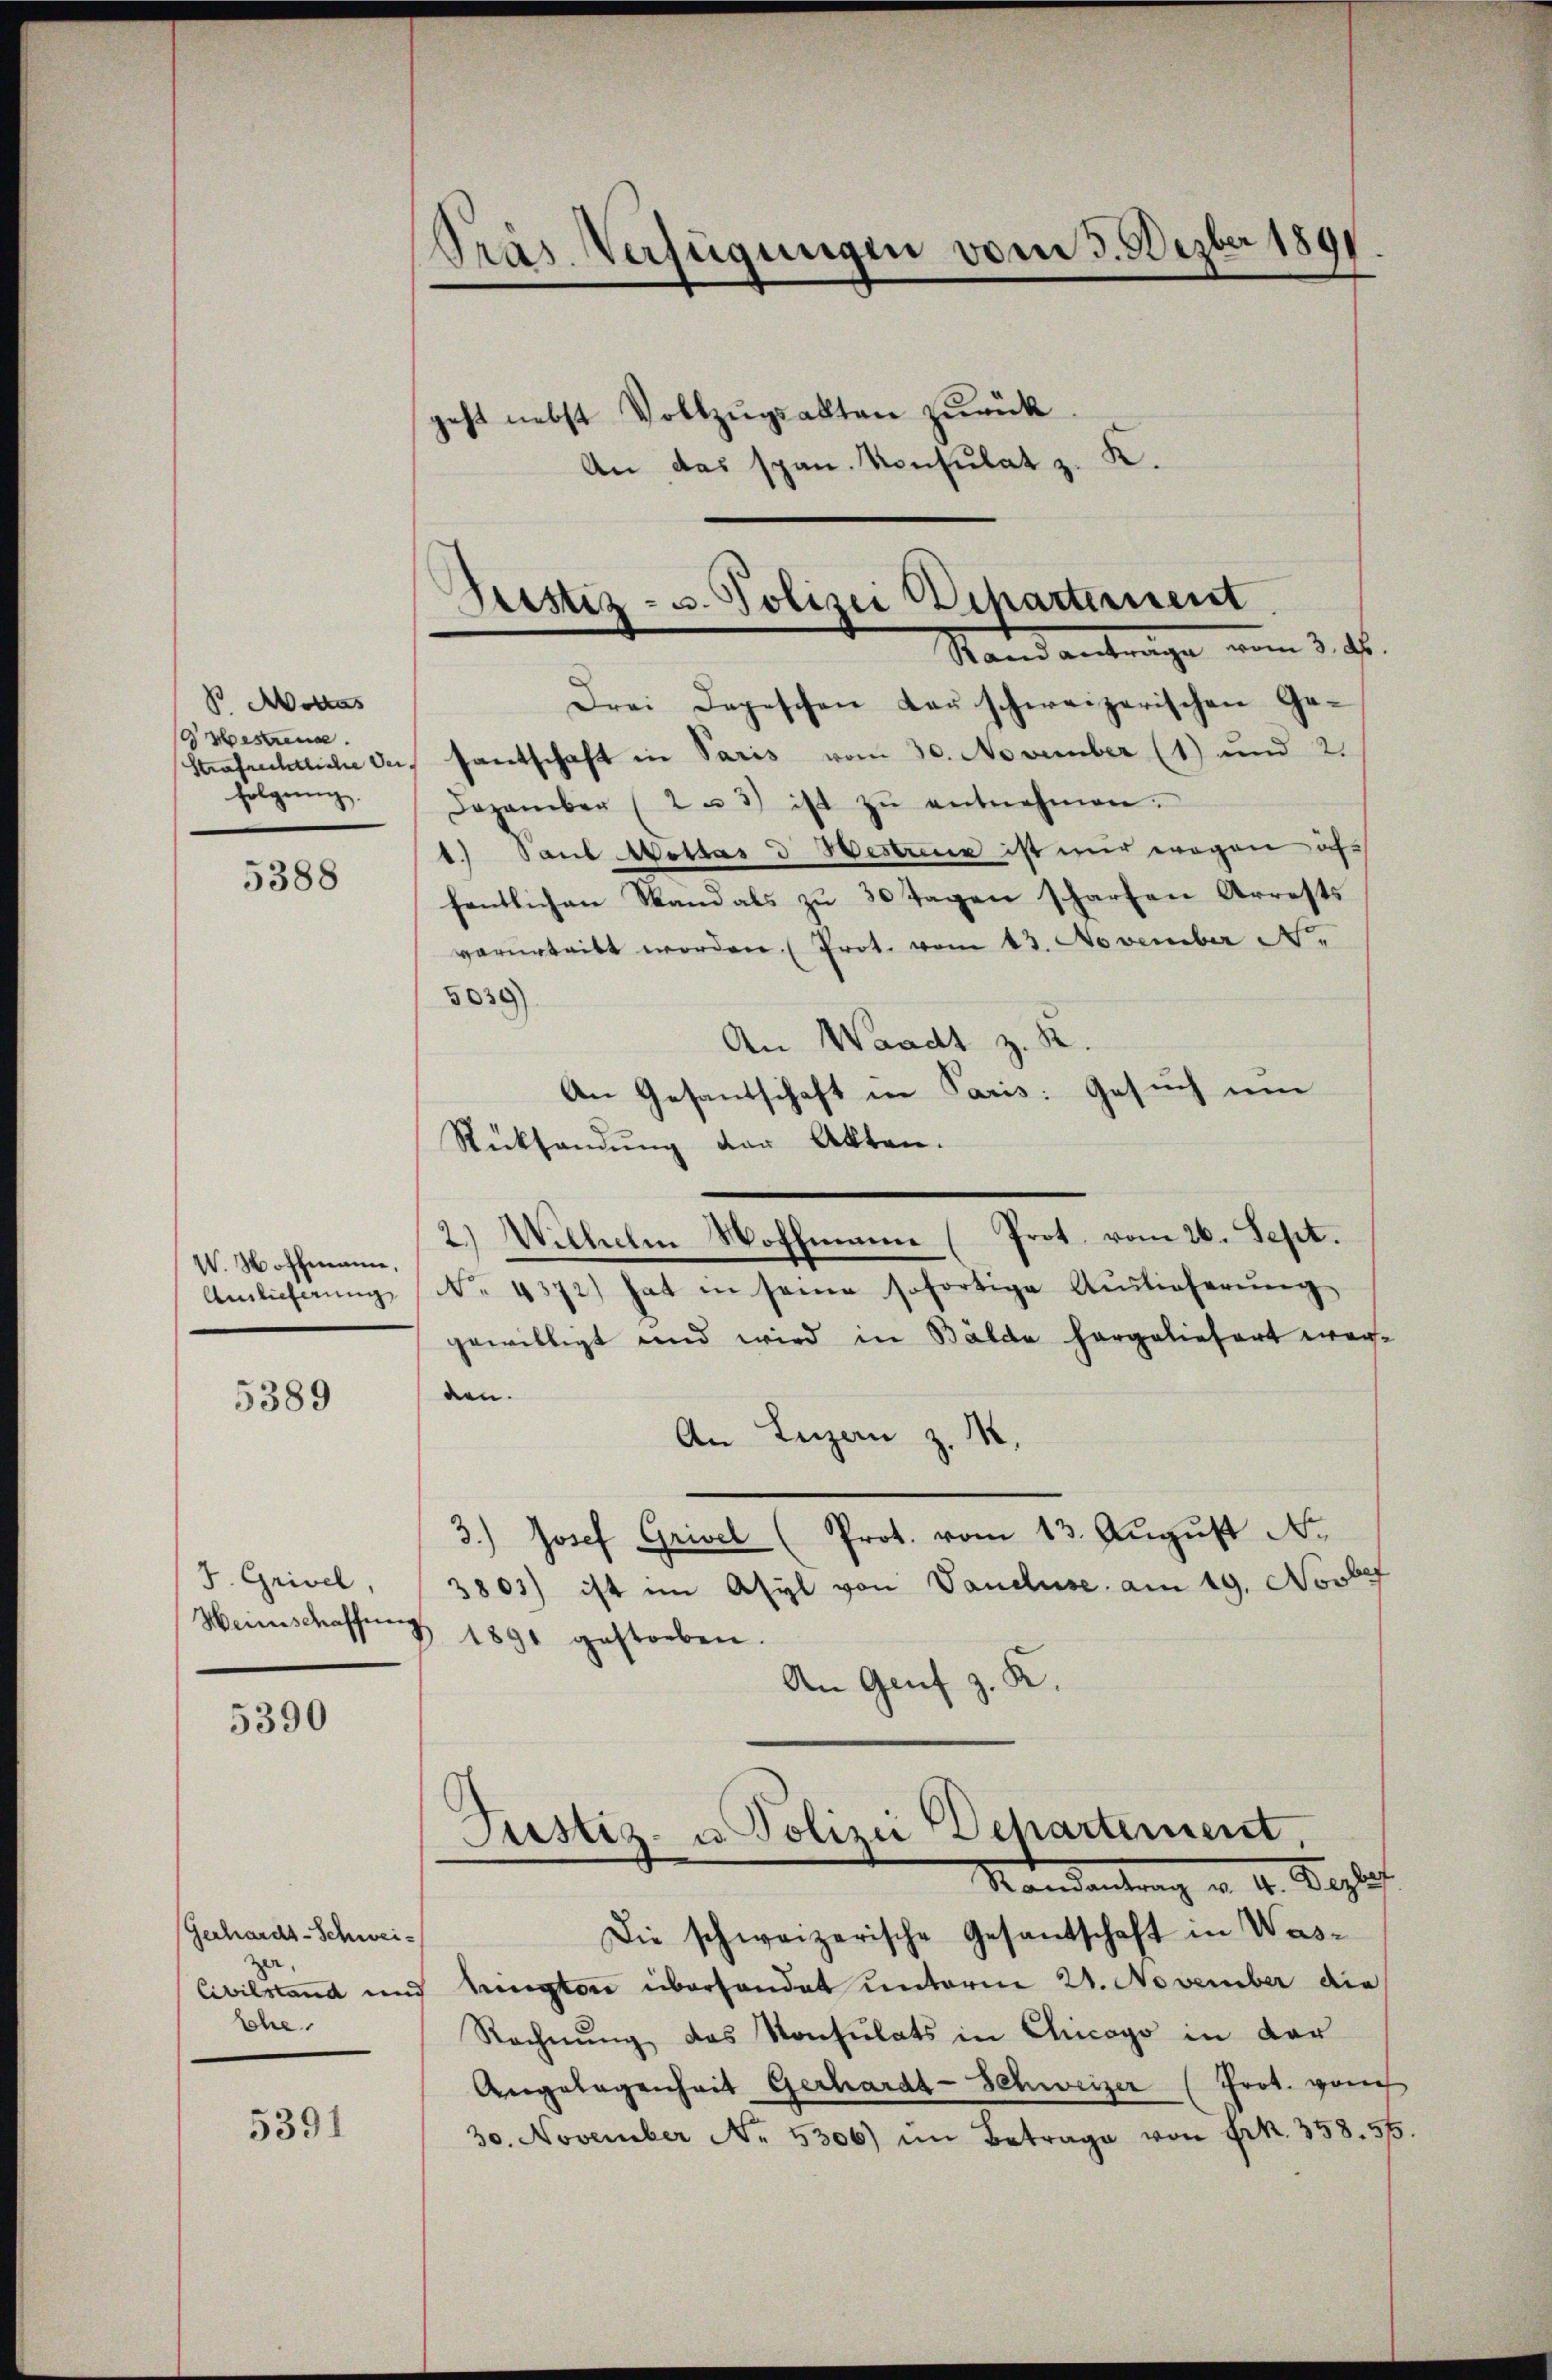
P Aodas
 vesten.
Strafrechtliche Ver
folgung.

5388

W. Hoffmanne,
Anlieferung

5389

J. Grivel,
Heinschaffen

5390

5391

Gerhardt-Schwei-
sche

Präs. Verfügungen vom 3. Dezbr 1891

geht nebst Vollzŭgsakten zurück
An das span. Konsulat z. K.

Justiz- u. Polizei Departement
Stand antrage nun 3. d.

Drei Depeschen der schweizerischen Gesantschaft in Paris vom 30. November (1) und 2.
Dezember (2 u 3) ist zŭ entnehmen.
1.) Saub Mottas d Bestreue ist mir wegen ächfentlichen Stand als zŭ 30 Tagen scharfen Arrests
verurteilt worden. (Prot. vom 13. November N.
5838)
An Waadt z. K.
An Gesandschaft in Paris: Gesuch um
Rücksendung der Akten.
2.) Wilhelm Woffmanne (Prot. vom 26. Sept.
No. 4372) hat in seine sofortige Auslieferŭng
gewilligt und wird in Bälde hergeliefert werden.
An Luzern z. M.
3.) Josef Grivel (Prot. vom 13. August No.
3803) ist im Asyl von Vandluse, am 19. Novbef
§ 1891 gestorben.
An Genf z. K.
Justiz- u. Polizei Departement
Mandantung v. 4. Begler
Die schweizerische Gesantschaft in Was¬
Civilstand und hington überhandet unterm 21. November die
Rechnung des Konsulats in Chicago in der
Angelegenheit Gerhardt-Schweizer (Prot. rauch
30. November Nr. 5306) im Betrage von Frk. 358. 55